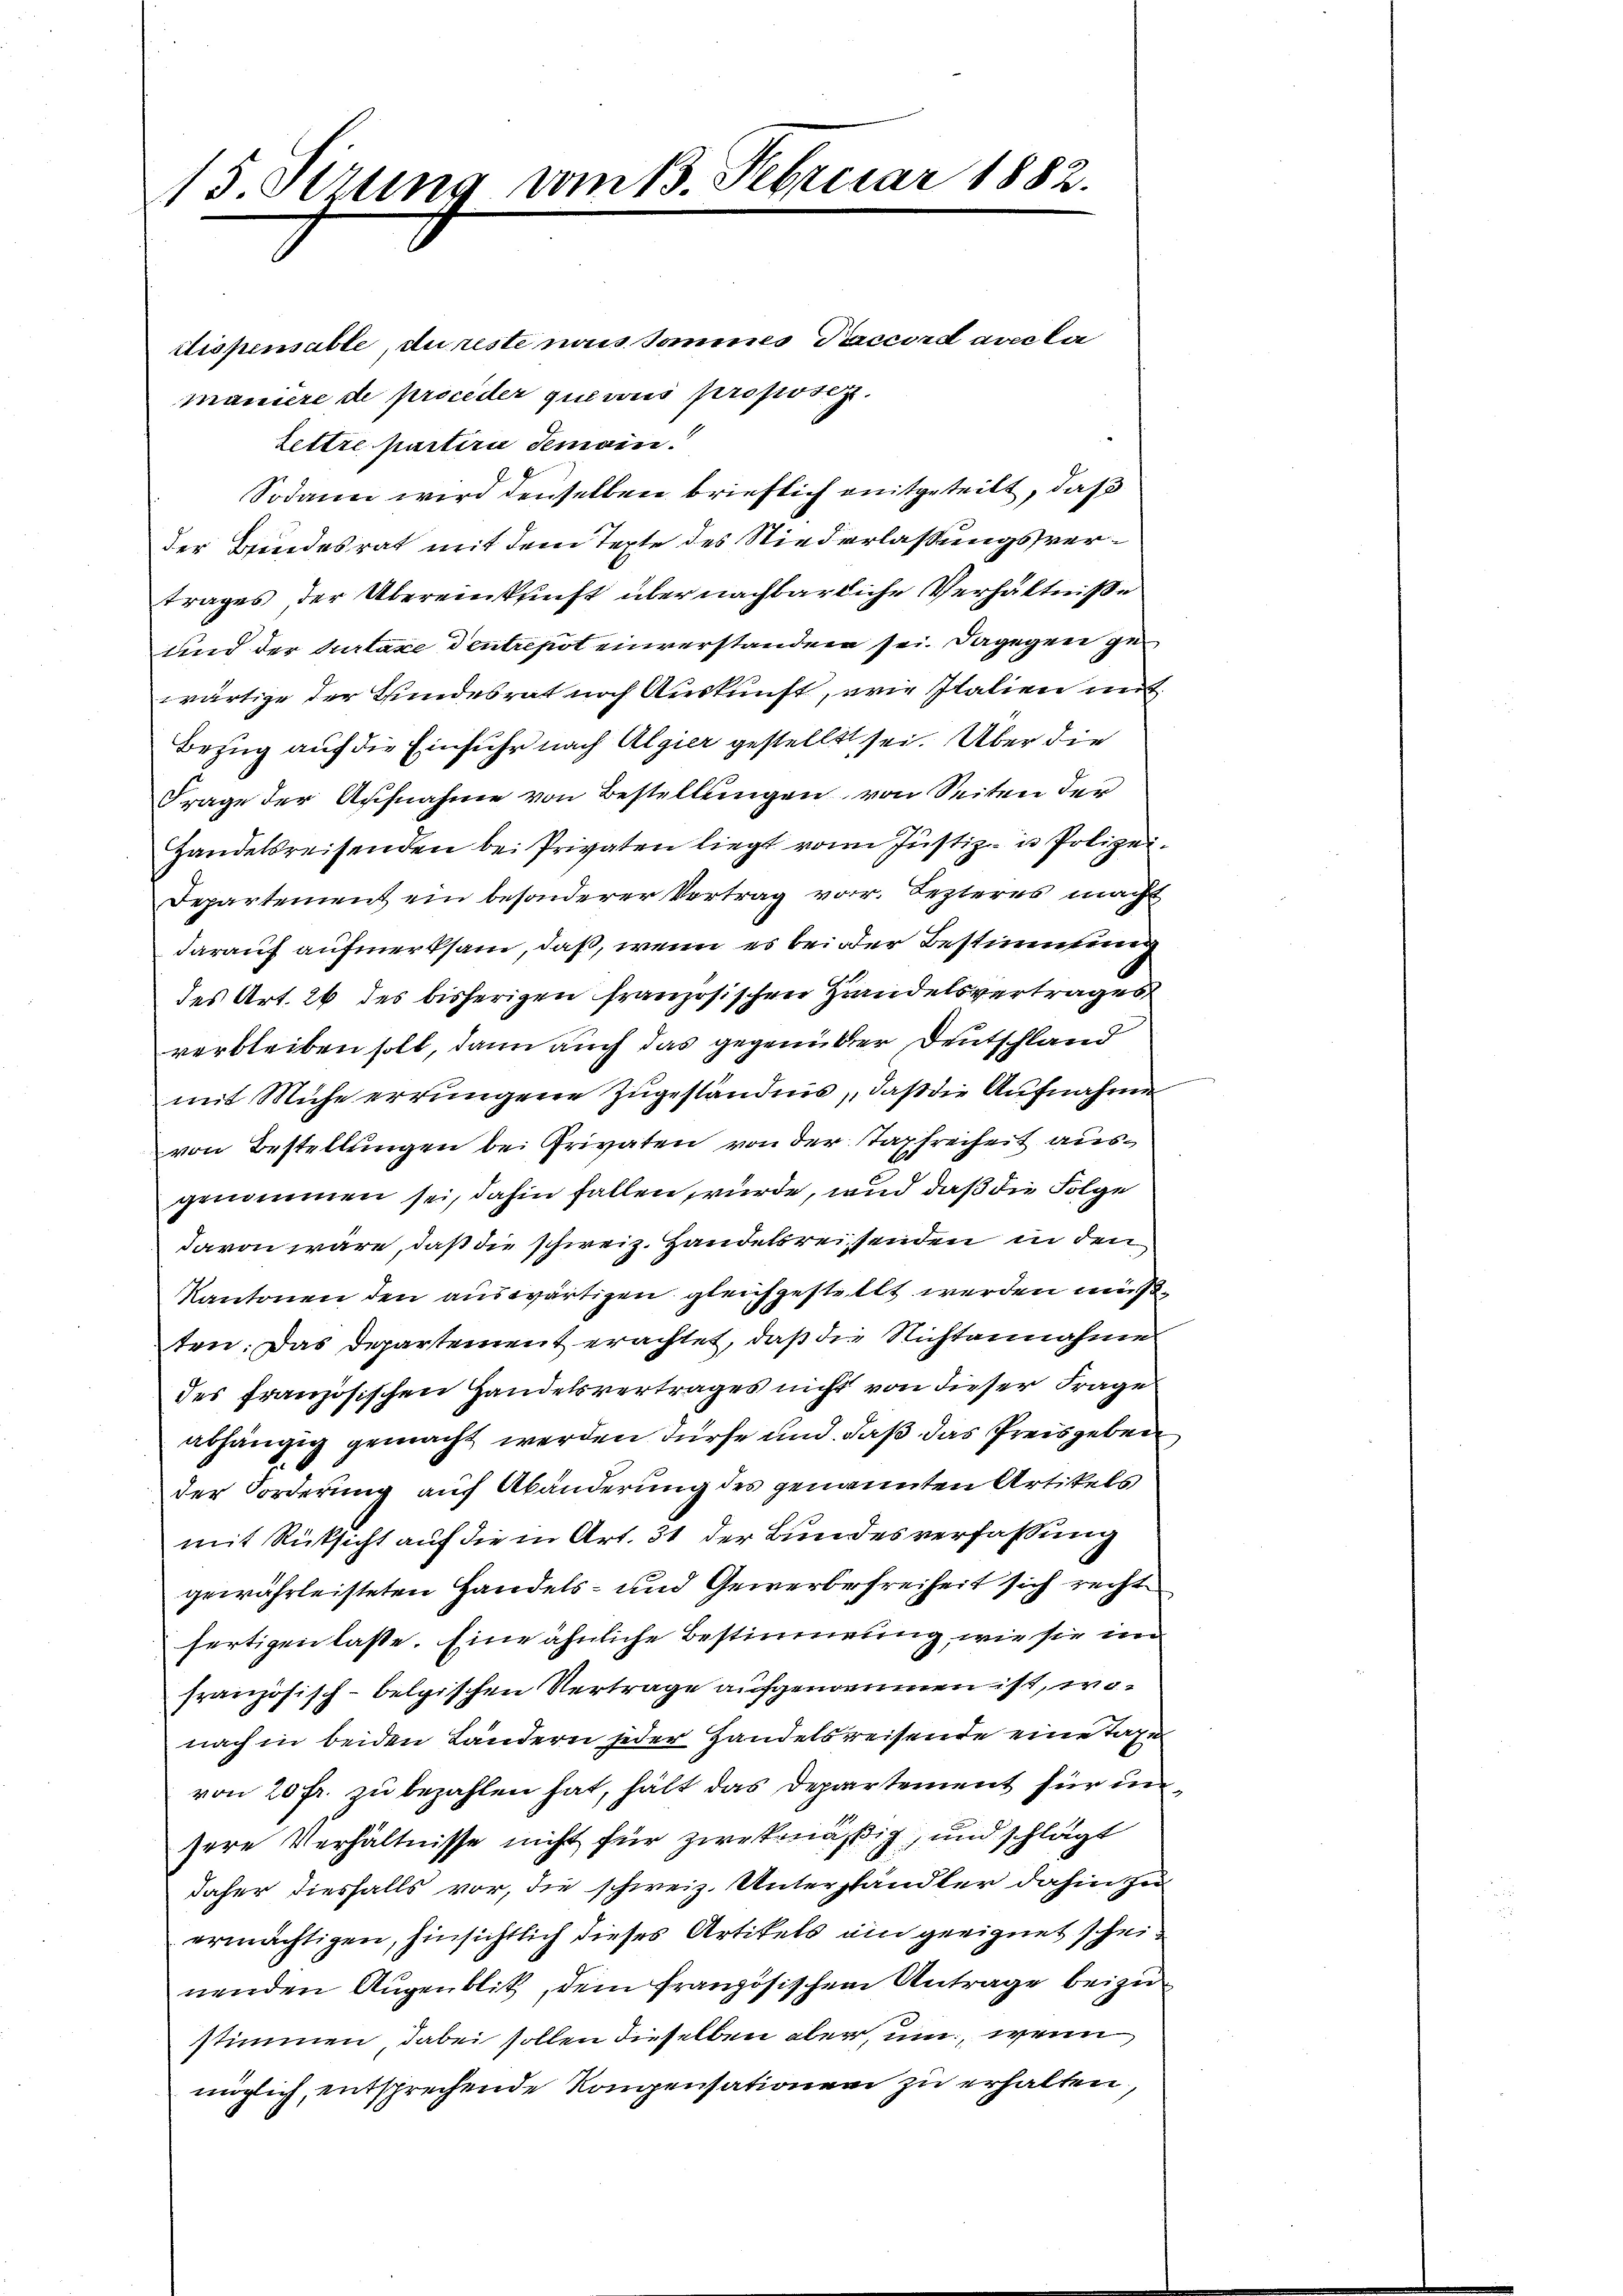
15. Sizung vom 13. Februar 1882.

dispensable, du reste mais Sommes Paccord avec la
maniere de proceder quevus proposiz
Lettre partiri Gemein
Sodann wird denselben brieflich mitgeteilt, daß
der Brindesrat mit dem Texte des Niederlaßungsvertrages, der Übereinkunft über nachbarliche Verhältniße
und der Kurtaxe dentrepot einverstanden sei. Dagegen gewärtige der Bundesrat nach Auskunft, wie Italien mit
Bezug auf die Einfuhr nach Algier gestellt sei. Über die
Frage der Aufnahme von Bestellungen von Seiten der
Handelsreisenden bei Privaten liegt von Justiz- u Polizei¬
Departement ein besonderer Vertrag vor. Lezteres macht
darauf aufmerksam, daß, wenn es bei der Bestimmung
des Art. 26 des bisherigen französischen Handelsvertrages
verbleiben soll, dann auch das gegenüber Deutschland
mit Mühe errŭngene Zŭgeständnis, daβ die Aufnahme
von Bestellungen bei Privaten von der Taxfreiheit ausgenommen sei, dahin fallen, wurde, und daß die Folge
davon wäre, daß die schweiz. Handelsreisenden in den
Kantonen den auswärtigen gleichgestellt werden muß,
ten. Das Departement erachtet, daß die Nichtannahme
des französischen Handelsvertrages nicht von dieser Frages
abhängig gemacht werden dürfe und daß das Preisgeben
der Forderung auf Abänderung des genannten Artikels
mit Rücksicht auf die in Art. 31 der Bundesverfassung
gewährleisteten Handels- und Gewerbefreiheit sich recht
fertigen lasse. Eine ähnliche Bestimmung, wie sie im
französisch-belgischen Vertrage aufgenommen ist, wonach in beiden Ländern jeder Handelsreisende eine Taxen
von 20 fr. zu bezahlen hat, hält das Departement für im
sere Verhältnisse nicht für zwekmäßig, und schlägt
daher diesfalls vor, die schweiz. Untershändler dahin zu
ermächtigen, hinsichtlich dieses Artikels ein geeignet scheinenden Augenblik, dem französischem Antrage beizustimmen, dabei sollen dieselben aber, um, wenn
möglich, entsprechende Konpensationen zu erhalten,